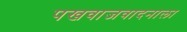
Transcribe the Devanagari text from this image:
पखवाजवादनाला